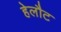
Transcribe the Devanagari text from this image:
हेलौट